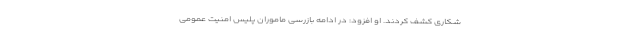
شکاری کشف کردند. او افزود: در ادامه بازرسی ماموران پلیس امنیت عمومی